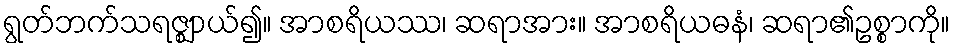
ရွတ်ဘက်သရဇ္ဈာယ်၍။ အာစရိယဿ၊ ဆရာအား။ အာစရိယဓနံ၊ ဆရာ၏ဥစ္စာကို။